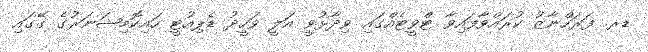
ޑރ. ފަރަހްނާޒު ކުރައްވާފައިވާ ޓްވީޓެއްގައި ވިދާޅުވީ އަލީ ވަހީދު ޑެޕިއުޓީ ހައިކޮމިޝަނަރުގެ ގޭގައި